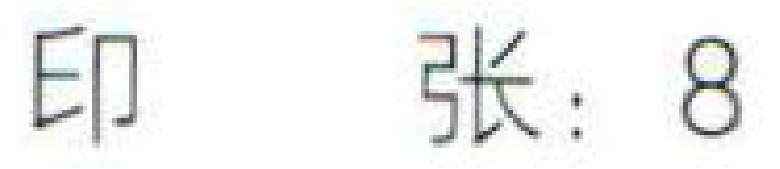
印 张：8